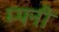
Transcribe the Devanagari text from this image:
म्पनी